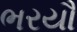
ભરયૌ